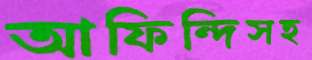
আফিন্দিসহ